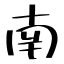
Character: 南